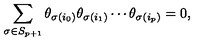
\sum _ { \sigma \in S _ { p + 1 } } \theta _ { \sigma ( i _ { 0 } ) } \theta _ { \sigma ( i _ { 1 } ) } \cdots \theta _ { \sigma ( i _ { p } ) } = 0 ,